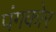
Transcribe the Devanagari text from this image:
पंगकोर